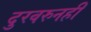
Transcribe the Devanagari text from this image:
दुरवरुनही